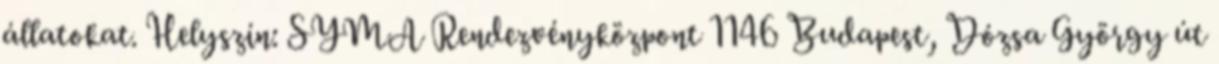
állatokat. Helyszín: SYMA Rendezvényközpont 1146 Budapest, Dózsa György út